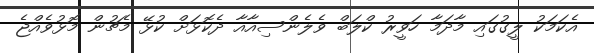
އެކަމަކު ލީގުގައި މާދަމާ ހަވީރު ކްލަބް ވެލެންސިއާއާ ދެކޮޅަށް ކުޅޭ މެޗުން މޮޅުވެއްޖެ